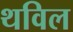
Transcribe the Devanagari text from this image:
थविल